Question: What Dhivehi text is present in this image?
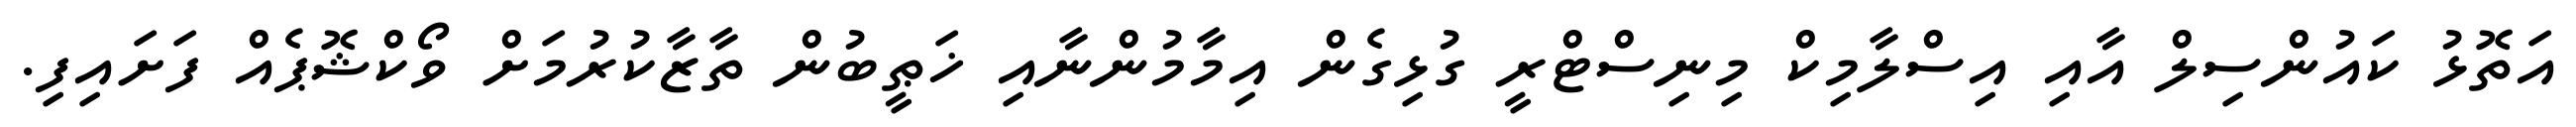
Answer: އަތޮޅު ކައުންސިލް އާއި އިސްލާމިކް މިނިސްޓްރީ ގުޅިގެން އިމާމުންނާއި ޚަޠީބުން ތާޒާކުރުމަށް ވޯކްޝޮޕެއް ފަށައިފި.